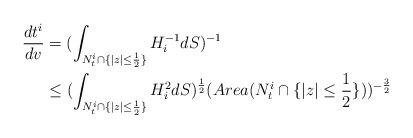
LaTeX: \begin{align*}\frac{dt^i}{dv}&=(\int_{N^i_t \cap \{|z|\leq \frac12\}}H^{-1}_i dS)^{-1}\\&\leq (\int_{N^i_t \cap \{|z|\leq \frac12\}}H^2_i dS)^\frac12 (Area (N^i_t \cap \{|z|\leq \frac12\}))^{-\frac32}\end{align*}